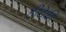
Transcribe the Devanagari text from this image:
हीडेकी